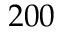
2 0 0